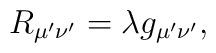
R_{\mu ^{\prime }\nu ^{\prime }}=\lambda g_{\mu ^{\prime }\nu ^{\prime }},